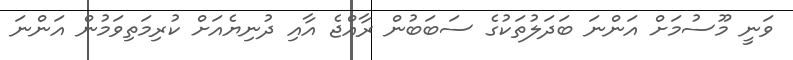
ވަނީ މޫސުމަށް އަންނަ ބަދަލުތަކުގެ ސަބަބުން ރާއްޖެ އާއި ދުނިޔެއަށް ކުރިމަތިވަމުން އަންނަ